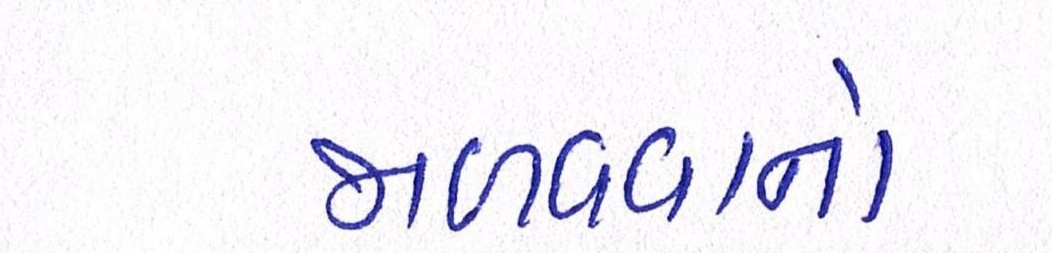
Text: જાળવવાનો